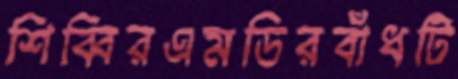
শিব্বিরএমডিরবাঁধটি